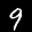
Label: 9